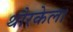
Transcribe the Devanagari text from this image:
थौरकेल।